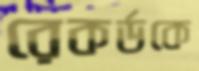
রেকর্ডকে